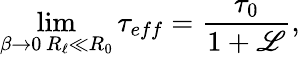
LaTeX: \operatorname*{lim}_{\substack{\beta\to 0\, R_{\ell}\ll R_{0}}}\tau_{eff}=\frac{\tau_{0}}{1+\mathscr{L}},